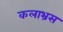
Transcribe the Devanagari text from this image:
कलाभ्रस